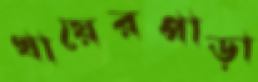
খায়েরপাড়া